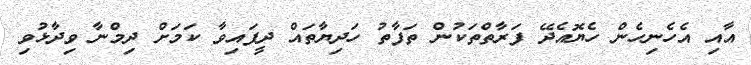
އާއި އެހެނިހެން ހެޔޮއެދޭ ފަރާތްތަކުން ތަފާތު ހަދިޔާތައް ދީފައިވާ ކަމަށް ދިމްނާ ވިދާޅުވި